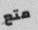
متع